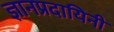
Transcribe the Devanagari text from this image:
ज्ञानप्रदायिनी